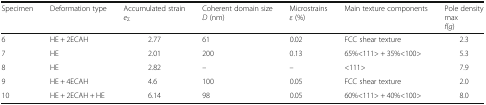
<table><thead><tr><td><b>Specimen</b></td><td><b>Deformation type</b></td><td><b>Accumulated strain<i>e</i><sub>Σ</sub></b></td><td><b>Coherent domain size<i>D</i> (nm)</b></td><td><b>Microstrains<i>ε</i> (%)</b></td><td><b>Main texture components</b></td><td><b>Pole densitymax<i>f</i>(<i>g</i>)</b></td></tr></thead><tbody><tr><td>6</td><td>HE + 2ECAH</td><td>2.77</td><td>61</td><td>0.02</td><td>FCC shear texture</td><td>2.3</td></tr><tr><td>7</td><td>HE</td><td>2.01</td><td>200</td><td>0.13</td><td>65%&lt;111&gt; + 35%&lt;100&gt;</td><td>5.3</td></tr><tr><td>8</td><td>HE</td><td>2.82</td><td>–</td><td>–</td><td>&lt;111&gt;</td><td>7.9</td></tr><tr><td>9</td><td>HE + 4ECAH</td><td>4.6</td><td>100</td><td>0.05</td><td>FCC shear texture</td><td>2.0</td></tr><tr><td>10</td><td>HE + 2ECAH + HE</td><td>6.14</td><td>98</td><td>0.05</td><td>60%&lt;111&gt; + 40%&lt;100&gt;</td><td>8.0</td></tr></tbody></table>